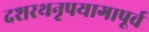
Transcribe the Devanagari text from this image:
दशरथनृपयागापूर्व